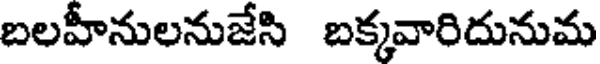
బలహీనులనుజేసి బక్కవారిదునుమ